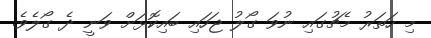
މި ހަތަރު މެޗުގައި ނުވަ ގޯލު ޖަހައި ބައިކޮޅަށް ވަނީ ދެ ގޯލެވެ.